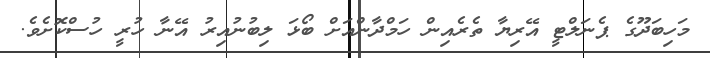
މަހިބަދޫގެ ޕެނަލްޓީ އޭރިޔާ ތެރެއިން ހަމްދާންއަށް ބޯޅަ ލިބުނުއިރު އޭނާ ހުރީ ހުސްކޮށެވެ.